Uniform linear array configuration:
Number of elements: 16
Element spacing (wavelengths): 1
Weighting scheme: exponential
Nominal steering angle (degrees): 0
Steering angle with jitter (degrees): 1.698
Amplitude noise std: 0.05
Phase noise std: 0.05

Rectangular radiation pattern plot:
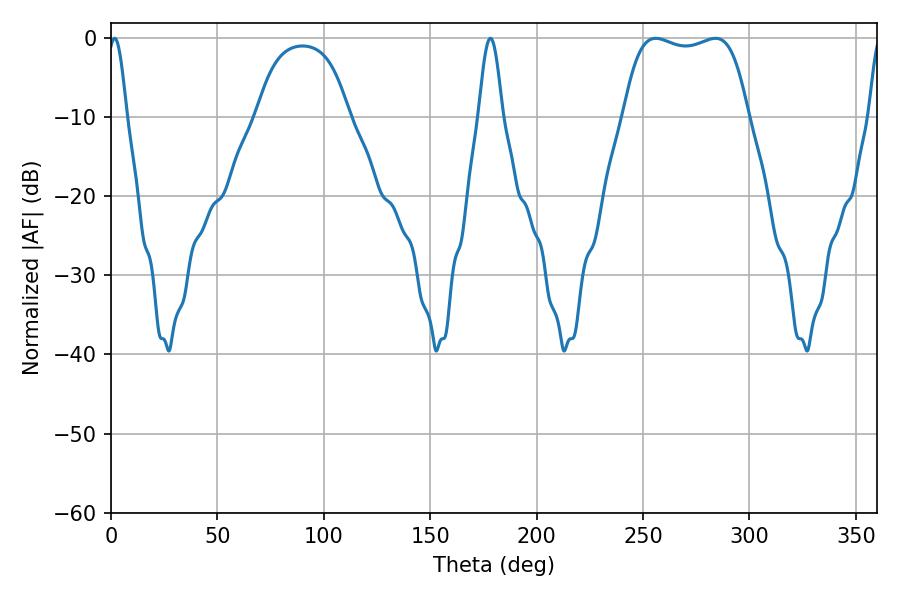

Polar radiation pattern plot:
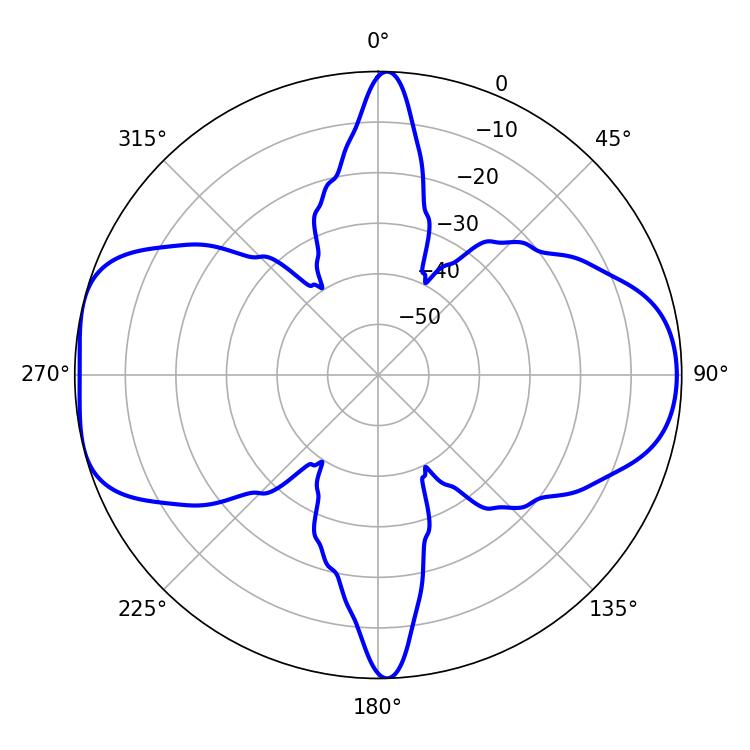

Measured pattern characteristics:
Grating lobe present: TRUE
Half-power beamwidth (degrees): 46.8
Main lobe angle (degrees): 255.96